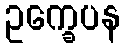
ဥက္ခေပန